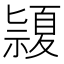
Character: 𥜂